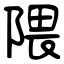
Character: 隈